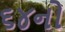
૬૪નો